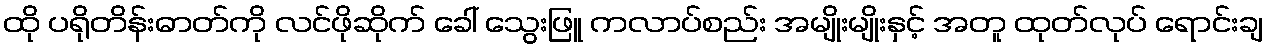
ထို ပရိုတိန်းဓာတ်ကို လင်ဖိုဆိုက် ခေါ် သွေးဖြူ ကလာပ်စည်း အမျိုးမျိုးနှင့် အတူ ထုတ်လုပ် ရောင်းချ